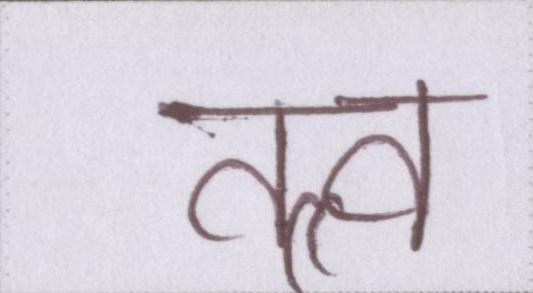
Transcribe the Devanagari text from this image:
तत्व